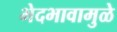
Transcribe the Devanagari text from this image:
भेदभावामुळे